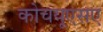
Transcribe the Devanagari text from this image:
कोचयूएसए